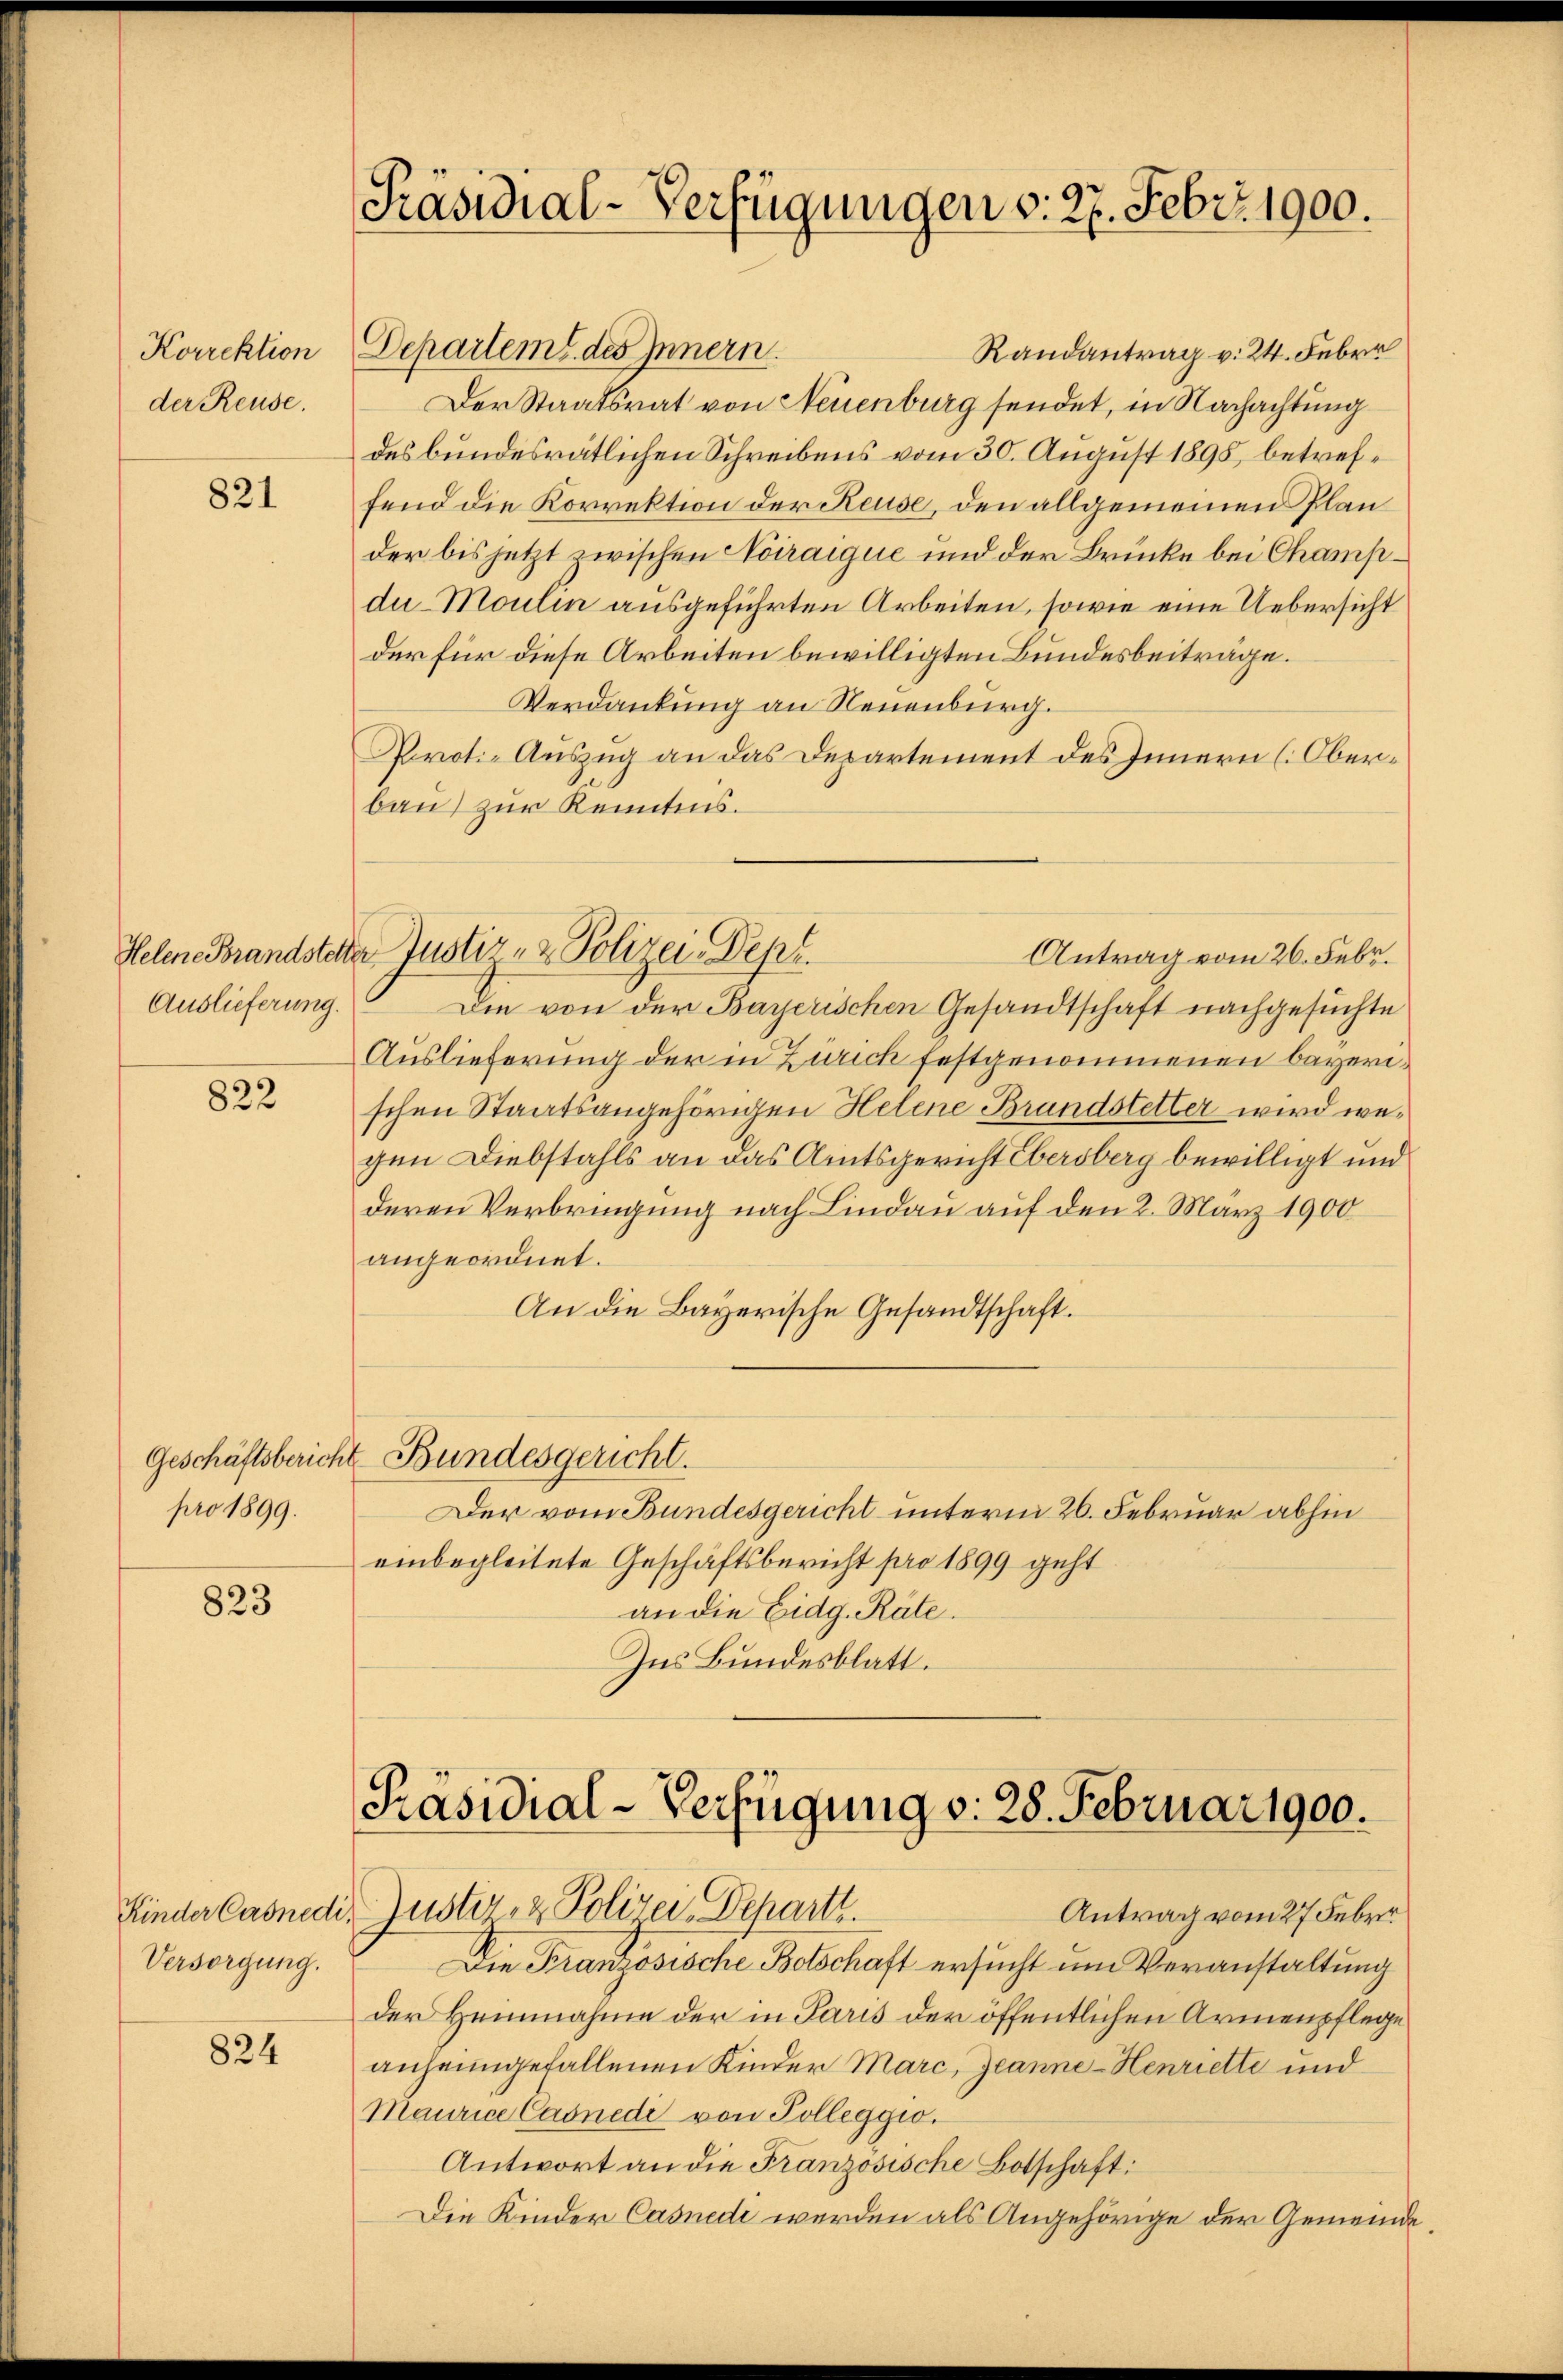
Korrektion
der Reuse.

821

Helene Brandstell
Auslieferung.

822

Geschäftsbericht
pro 1899.

823

Versorgung.

824

Präsidial-Verfügungen v. 27. Febr. 1900.

Departem des Innern.
Randantrag v. 24. Feber
Der Staatsrat von Neuenburg sendet, in Nachachtung
des bundesrätlichen Schreibens vom 30. August 1898, betreffend die Korrektion der Reuse, den allgemeinen Plan
der bis jetzt zwischen Noiraigue und der Brücke bei Champdu Moulin ausgeführten Arbeiten, sowie eine Uebersicht
der für diese Arbeiten bewilligten Bundesbeitrage.
Verdankung an Neuenburg.
Prot-Auszug an das Departement des Innern (Oberbau) zur Kenntens.
Die von der Bayerischen Gesandtschaft nachgesuchte
Auslieferung der in Zürich festgenommenen bayerischen Staatsangehörigen Helene Brandstetter wird wegen Diebstahls an das Amtsgericht Obersberg bewilligt und
deren Verbringung nach Lindau auf den 2. März 1900
angeordnet.
An die Bayerische Gesandtschaft.
Bundesgericht.
Der vom Bundesgericht unterm 26. Februar abhin
einbegleitete Geschäftsbericht pro 1899 geht
an die Eidg. Räte.
Ins Bundesblatt.

a Justiz- & Polizei-Dept.
Antrag vom 26. Febr.

Die Französische Botschaft ersucht um Veranstaltung
der Heimnahme der in Paris der öffentlichen Armenpflege
anheimgefallenen Kinder Marc, Jeanne-Henriette und
Maurice Casnedi von Polleggio.
Antwort an die Französische Botschaft:
Die Kinder Casnedi werden als Angehörige der Gemeinde

Präsidial-Verfügung d. 28. Februar 1900.
Kinder Casnedi, Zuster- & Polizei, Depart.
Antrag vom 27 Feber